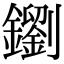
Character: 𨮸